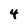
Character: 4